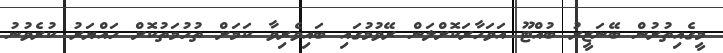
މީގެއިތުރުން ބޭނަޒީރު ބުއްޓޫ އަވަހާރަކޮށްލަން ރޭވުމުގައި ބައިވެރިވާ ކަމަށް ތުހުމަތުކޮށް ހައްޔަރު ކުރެވުނު